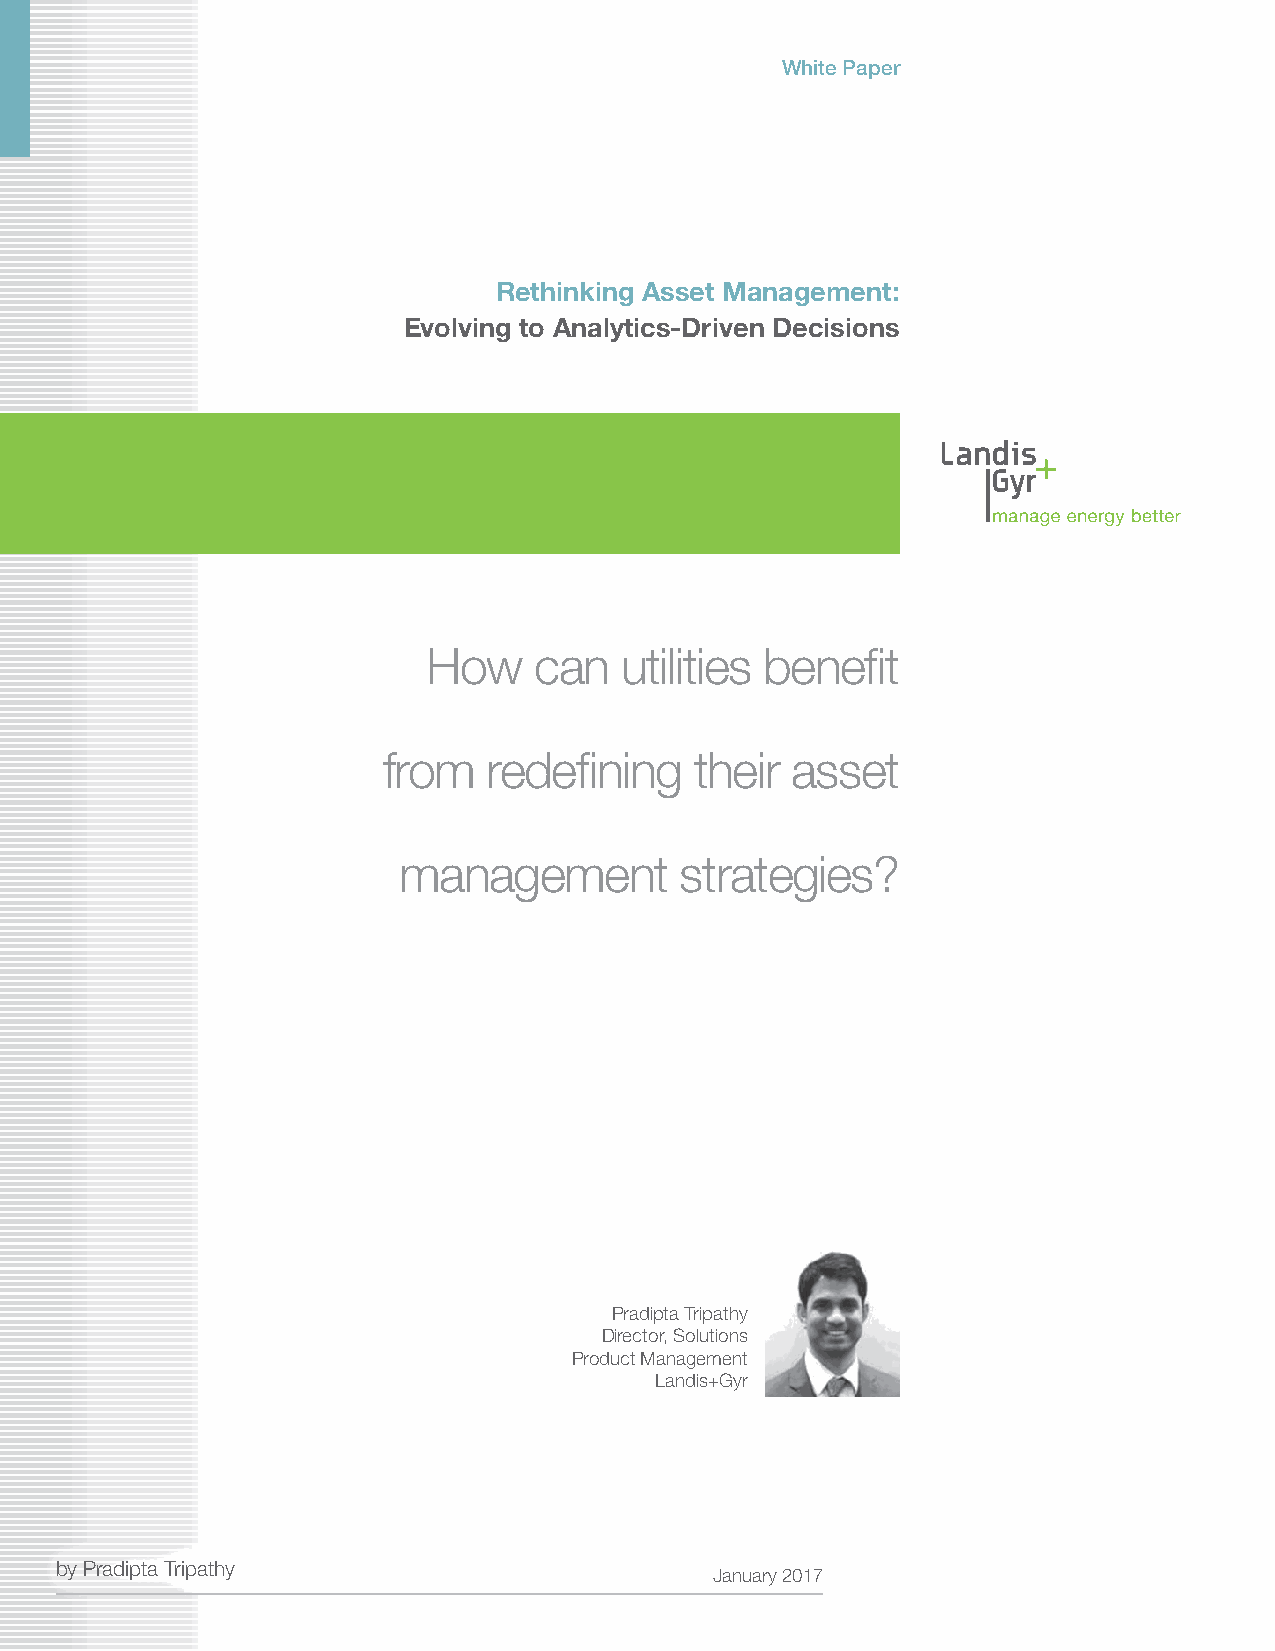
White Paper
 Rethinking Asset Management:
 Evolving to Analytics-Driven Decisions
 How    can   utilities benefit
 from   redefining    their asset
 management         strategies?
 Pradipta Tripathy
 Director, Solutions
 Product Management
 Landis+Gyr
 by Pradipta Tripathy
 January 2017